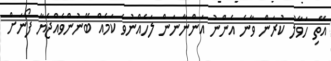
އޭތި ހަވާލު ކުރަން ވާނެ އެންނު އަންނާނަން ލަހެއްނުވެ ކަމެއް ބޭނުންވެއްޖެޔާ ފޯނަށް